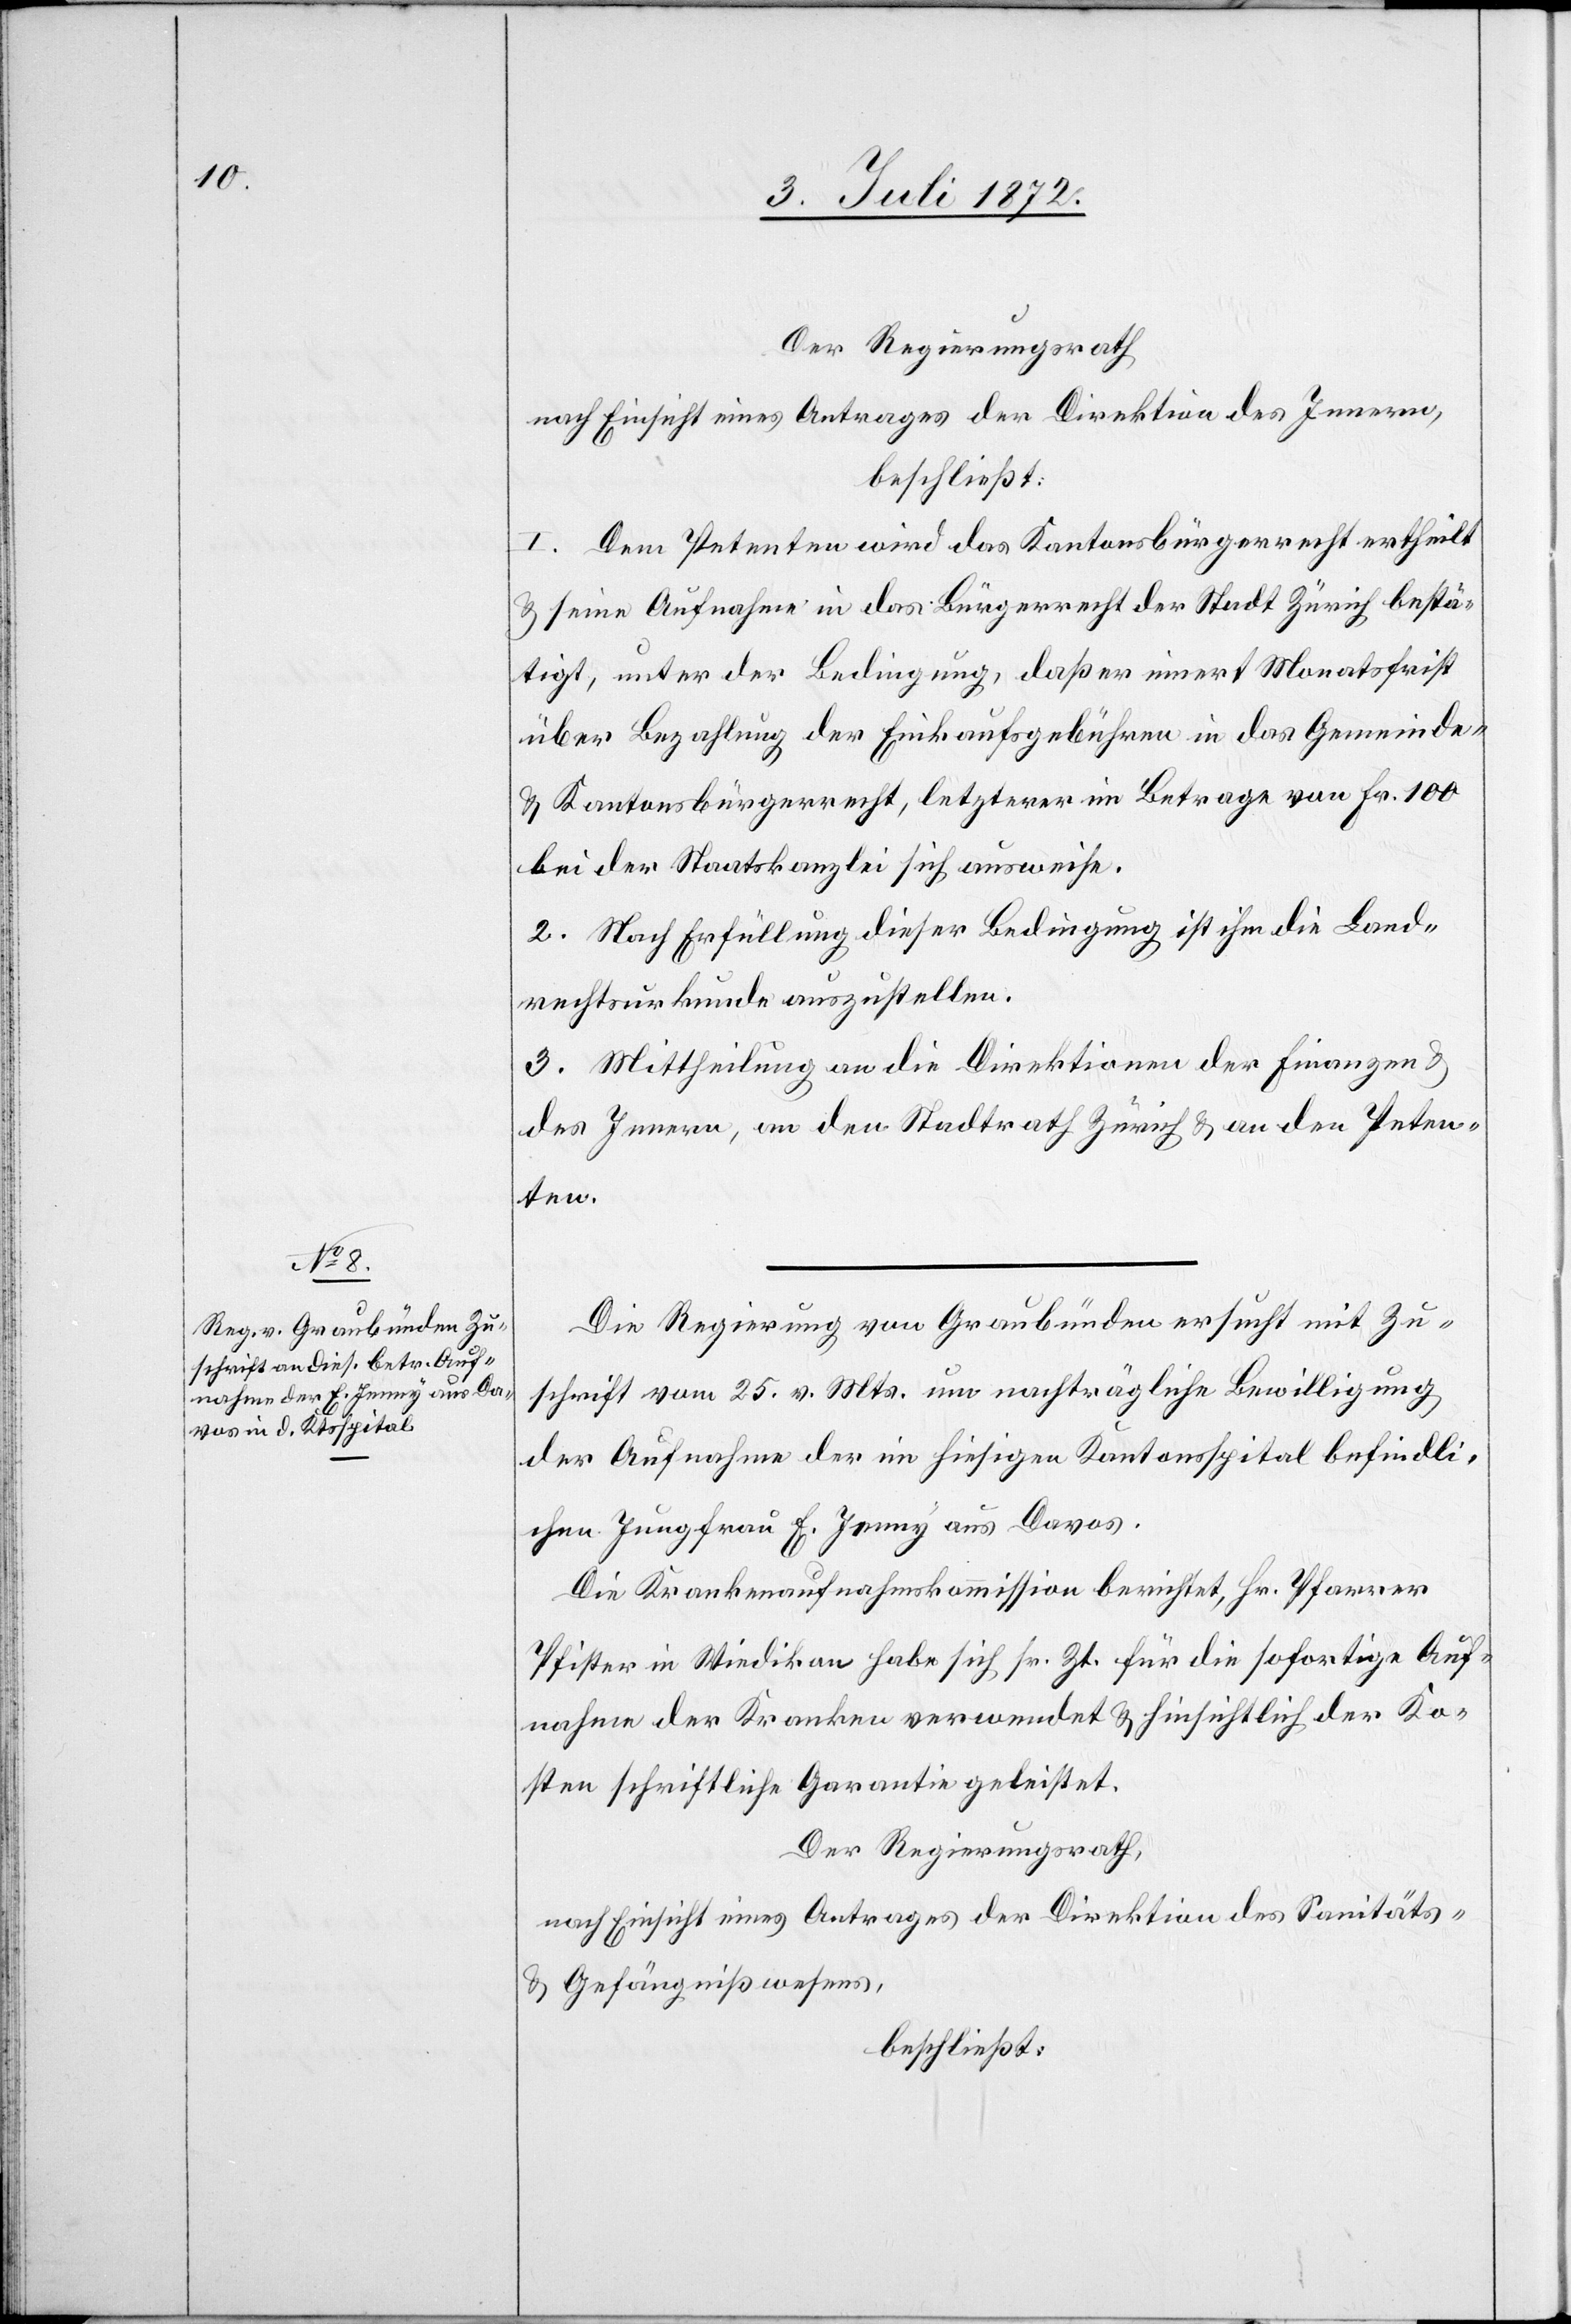
Der Regierungsrath
nach Einsicht eines Antrages der Direktion des Innern,
beschließt:
1. Dem Petenten wird das Kantonsbürgerrecht ertheilt
u. seine Aufnahme in das Bürgerrecht der Stadt Zürich bestä¬
tigt, unter der Bedingung, daß er innert Monatsfrist
über Bezahlung der Einkaufsgebühren in das Gemeinde-
u. Kantonsbürgerrecht, letzterer im Betrage von Fr. 100
bei der Staatskanzlei sich ausweise.
2. Nach Erfüllung dieser Bedingung ist ihm die Land¬
rechtsurkunde auszustellen.
3. Mittheilung an die Direktionen der Finanzen u.
der Innern, an den Stadtrath Zürich u. an den Peten¬
ten.
Die Regierung von Graubünden ersucht mit Zu¬
schrift vom 25. v. Mts. um nachträgliche Bewilligung
der Aufnahme der im hiesigen Kantonsspital befindli¬
chen Jungfrau E. Jenny aus Davos.
Die Krankenaufnahmskommission berichtet, Hr. Pfarrer
Pfister in Wiedikon habe sich sr. Zt. für die sofortige Auf¬
nahme der Kranken verwendet u. hinsichtlich der Ko¬
sten schriftliche Garantie geleistet.
Der Regierungsrath,
nach Einsicht eines Antrages der Direktion des Sanitäts-
u. Gefängnißwesens,
beschließt: